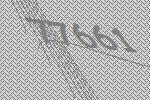
77661